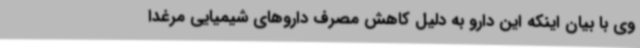
وی با بیان اینکه این دارو به دلیل کاهش مصرف داروهای شیمیایی مرغدا